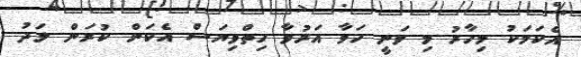
އެކަމަކު މިހާރު މި ވަނީ ހަވާ އަރުވާ ހިތްވިޔަސް އެކަން ކުރަން ލަދު